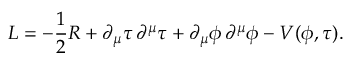
{ \cal { L } } = - \frac { 1 } { 2 } R + \partial _ { \mu } \tau \, \partial ^ { \mu } \tau + \partial _ { \mu } \phi \, \partial ^ { \mu } \phi - V ( \phi , \tau ) .